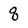
Character: q